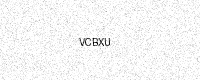
Text: VCBXU